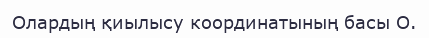
Олардың қиылысу координатының басы О.